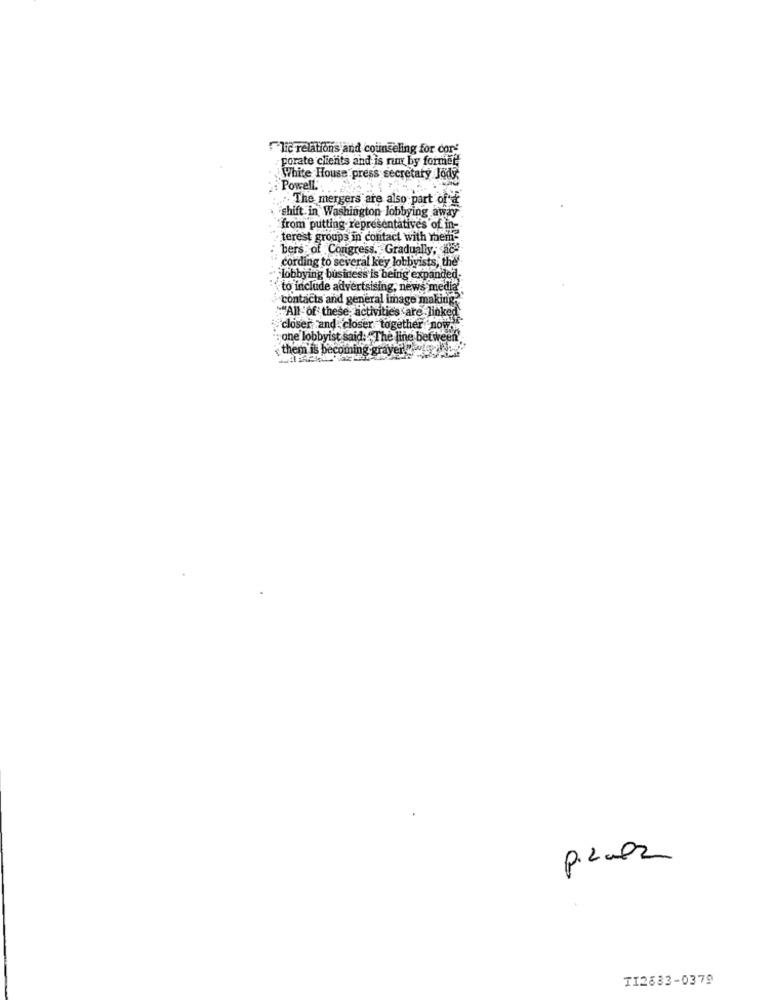
lic relations and counseling for cor'
porate clients and is run by former
White House press secretary Jody
Powell.
The mergers are also part of a
shift. in Washington lobbying away
from putting representatives of in-
terest groups in contact with mem-
bers of Congress, Gradually, ade
cording to several key lobbyists, the'
.lobbying business is being expanded.
to include advertsising, news media
contacts and general image making
"All of these activities are linked
closer and closer together now."
one lobbyist said. The line between".
them is becoming grayer
pilula
TI2883-0379